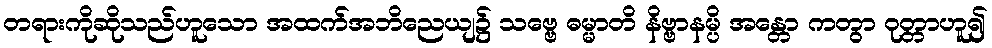
တရားကိုဆိုသည်ဟူသော အထက်အဘိညေယျ၌ သဗ္ဗေ ဓမ္မာတိ နိဗ္ဗာနမ္ပိ အန္တော ကတွာ ဝုတ္တာဟူ၍